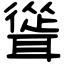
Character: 聳